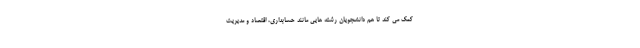
کمک می کند تا هم دانشجویان رشته هایی مانند حسابداری، اقتصاد و مدیریت